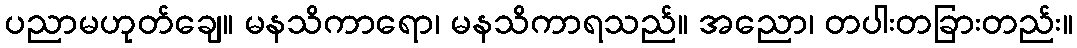
ပညာမဟုတ်ချေ။ မနသိကာရော၊ မနသိကာရသည်။ အညော၊ တပါးတခြားတည်း။